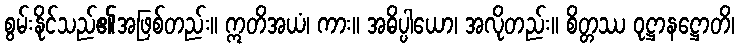
စွမ်းနိုင်သည်၏အဖြစ်တည်း။ ဣတိအယံ၊ ကား။ အဓိပ္ပါယော၊ အလိုတည်း။ စိတ္တဿ ဝုဋ္ဌာနဋ္ဌောတိ၊